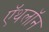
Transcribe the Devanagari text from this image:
ऍथलॉन